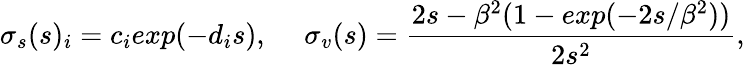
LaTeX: \sigma_{s}(s)_{i}=c_{i}exp(-d_{i}s),\mathrm{~\ \ \ \ }\sigma_{v}(s)=\frac{2s-\beta^{2}(1-exp(-2s/\beta^{2}))}{2s^{2}},